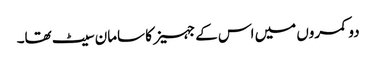
دو کمروں میں اس کے جہیز کا سامان سیٹ تھا۔